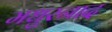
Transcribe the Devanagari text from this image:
मधुरनाद